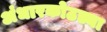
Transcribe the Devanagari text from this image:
अंधारकोठड्या